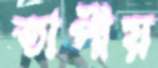
তাপীয়